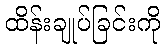
ထိန်းချုပ်ခြင်းကို